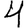
Digit: 4